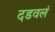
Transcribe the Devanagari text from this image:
दडवलं